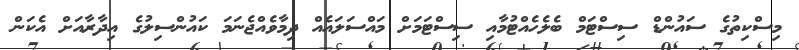
މިސްކިތުގެ ސައުންޑް ސިސްޓަމް ބެލެހެއްޓުމާއި ސިސްޓަމަށް މައްސަލައެއް ދިމާވެއްޖެނަމަ ކައުންސިލުގެ އިދާރާއަށް އެކަން